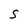
Character: S